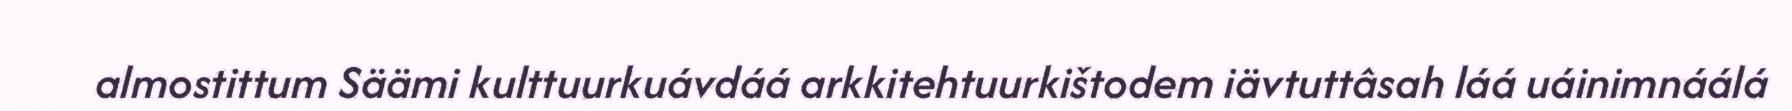
almostittum Säämi kulttuurkuávdáá arkkitehtuurkištodem iävtuttâsah láá uáinimnáálá